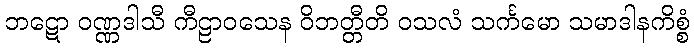
ဘဋော ဝဏ္ဏဒါသီ ကီဠာဝသေန ဝိဘတ္တီတိ ဝသလံ သင်္ကမော သမာဒါနကိစ္စံ